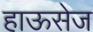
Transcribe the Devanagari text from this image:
हाऊसेज